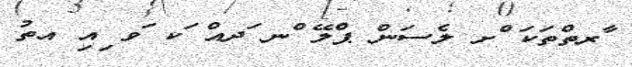
ާރތްތަކަ ްށ ލެސަން ޕްލޭ ްނ ަދއް ަކ ަވ ިއި އތު